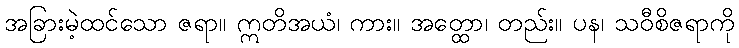
အခြားမဲ့ထင်သော ဇရာ။ ဣတိအယံ၊ ကား။ အတ္ထော၊ တည်း။ ပန၊ သဝီစိဇရာကို